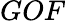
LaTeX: GOF